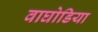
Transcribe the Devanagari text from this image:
वाघोडिया